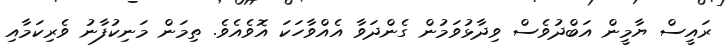
ރައީސް ޔާމީން އަބްދުވެސް ވިދާޅުވަމުން ގެންދަވާ އެއްވާހަކަ އޮވެއެވެ. ތިމަން މަނިކުފާނު ވެރިކަމާއި